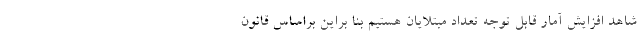
شاهد افزایش آمار قابل توجه تعداد مبتلایان هستیم بنا براین براساس قانون